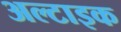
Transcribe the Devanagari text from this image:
अल्टाइक